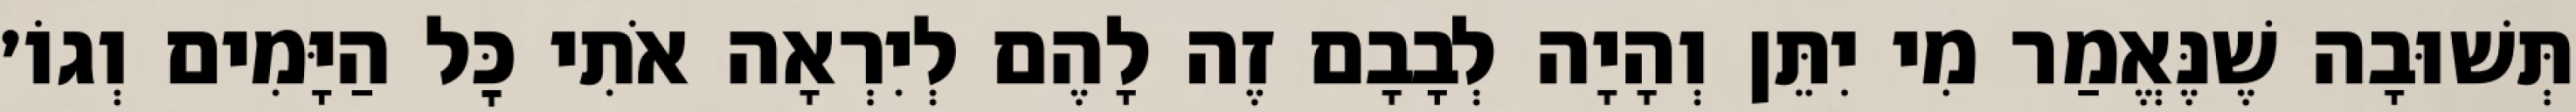
תְּשׁוּבָה שֶׁנֶּאֱמַר מִי יִתֵּן וְהָיָה לְבָבָם זֶה לָהֶם לְיִרְאָה אֹתִי כׇּל הַיָּמִים וְגוֹ׳